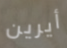
أيرين